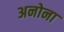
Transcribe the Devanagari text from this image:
अनोना